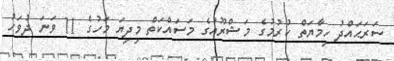
ސަރަޙައްދު ހިމާޔަތް ކުރުމުގެ މަޝްރޫއުގެ މަސައްކަތް މިދިޔަ މަހުގެ 11 ވަނަ ދުވަހު